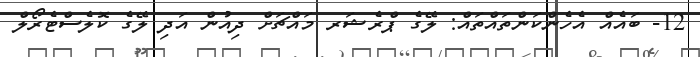
12- ބައެއް އެހެންކަންތައްތައް: ލޭގެ ޕްރެޝަރ މައްޗަށް ދިއުން އަދި ލޭގެ ކޮލެސްޓެރޯލް